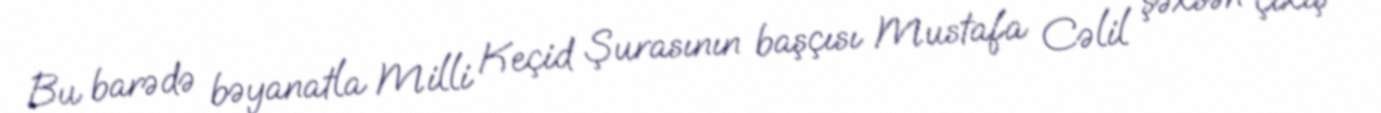
Bu barədə bəyanatla Milli Keçid Şurasının başçısı Mustafa Cəlil şəxsən çıxış